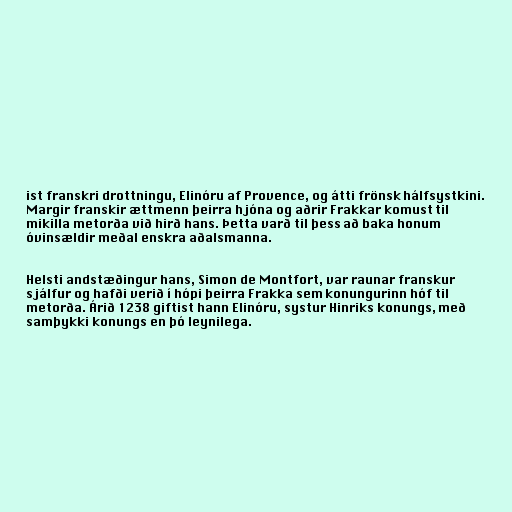
ist franskri drottningu, Elinóru af Provence, og átti frönsk hálfsystkini.
Margir franskir ættmenn þeirra hjóna og aðrir Frakkar komust til
mikilla metorða við hirð hans. Þetta varð til þess að baka honum
óvinsældir meðal enskra aðalsmanna.

Helsti andstæðingur hans, Simon de Montfort, var raunar franskur
sjálfur og hafði verið í hópi þeirra Frakka sem konungurinn hóf til
metorða. Árið 1238 giftist hann Elinóru, systur Hinriks konungs, með
samþykki konungs en þó leynilega.